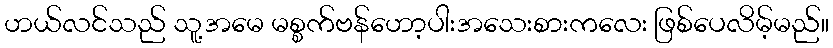
ဟယ်လင်သည် သူ့အမေ မစ္စက်ဗန်ဟော့ပါးအသေးစားကလေး ဖြစ်ပေလိမ့်မည်။